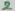
Text: 2